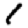
Digit: 1